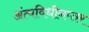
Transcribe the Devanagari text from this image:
अंत्यविधीनम्तर